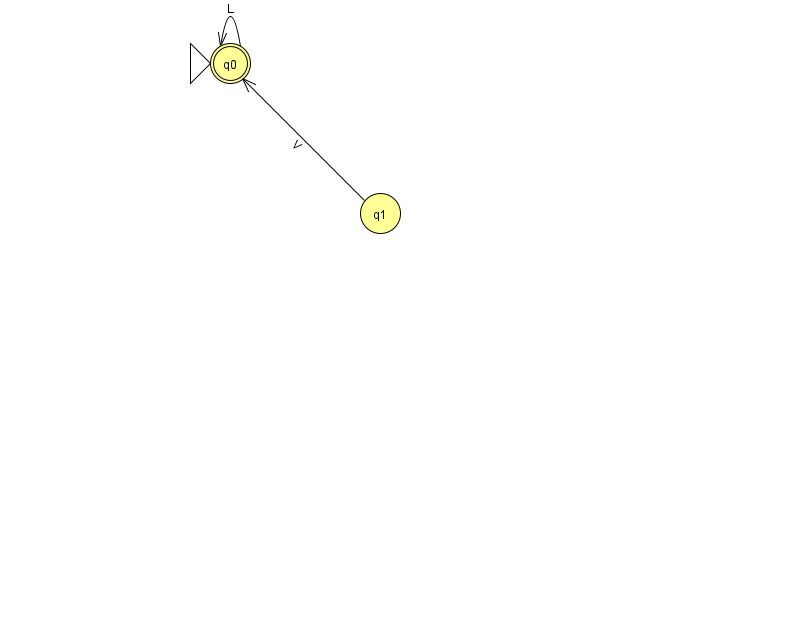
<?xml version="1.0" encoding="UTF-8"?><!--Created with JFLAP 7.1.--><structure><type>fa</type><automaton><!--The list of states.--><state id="0" name="q0"><x>230.0</x><y>50.0</y><initial/><final/></state><state id="1" name="q1"><x>380.0</x><y>200.0</y></state><!--The list of transitions.--><transition><from>1</from><to>0</to><read>V</read></transition><transition><from>0</from><to>0</to><read>L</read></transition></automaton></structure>